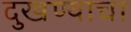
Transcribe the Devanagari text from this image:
दुखण्याचा